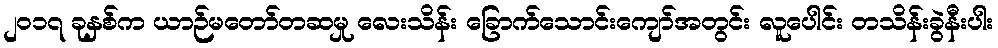
၂၀၁၇ ခုနှစ်က ယာဉ်မတော်တဆမှု လေးသိန်း ခြောက်သောင်းကျော်အတွင်း လူပေါင်း တသိန်းခွဲနီးပါး